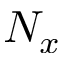
N _ { x }